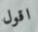
اقول